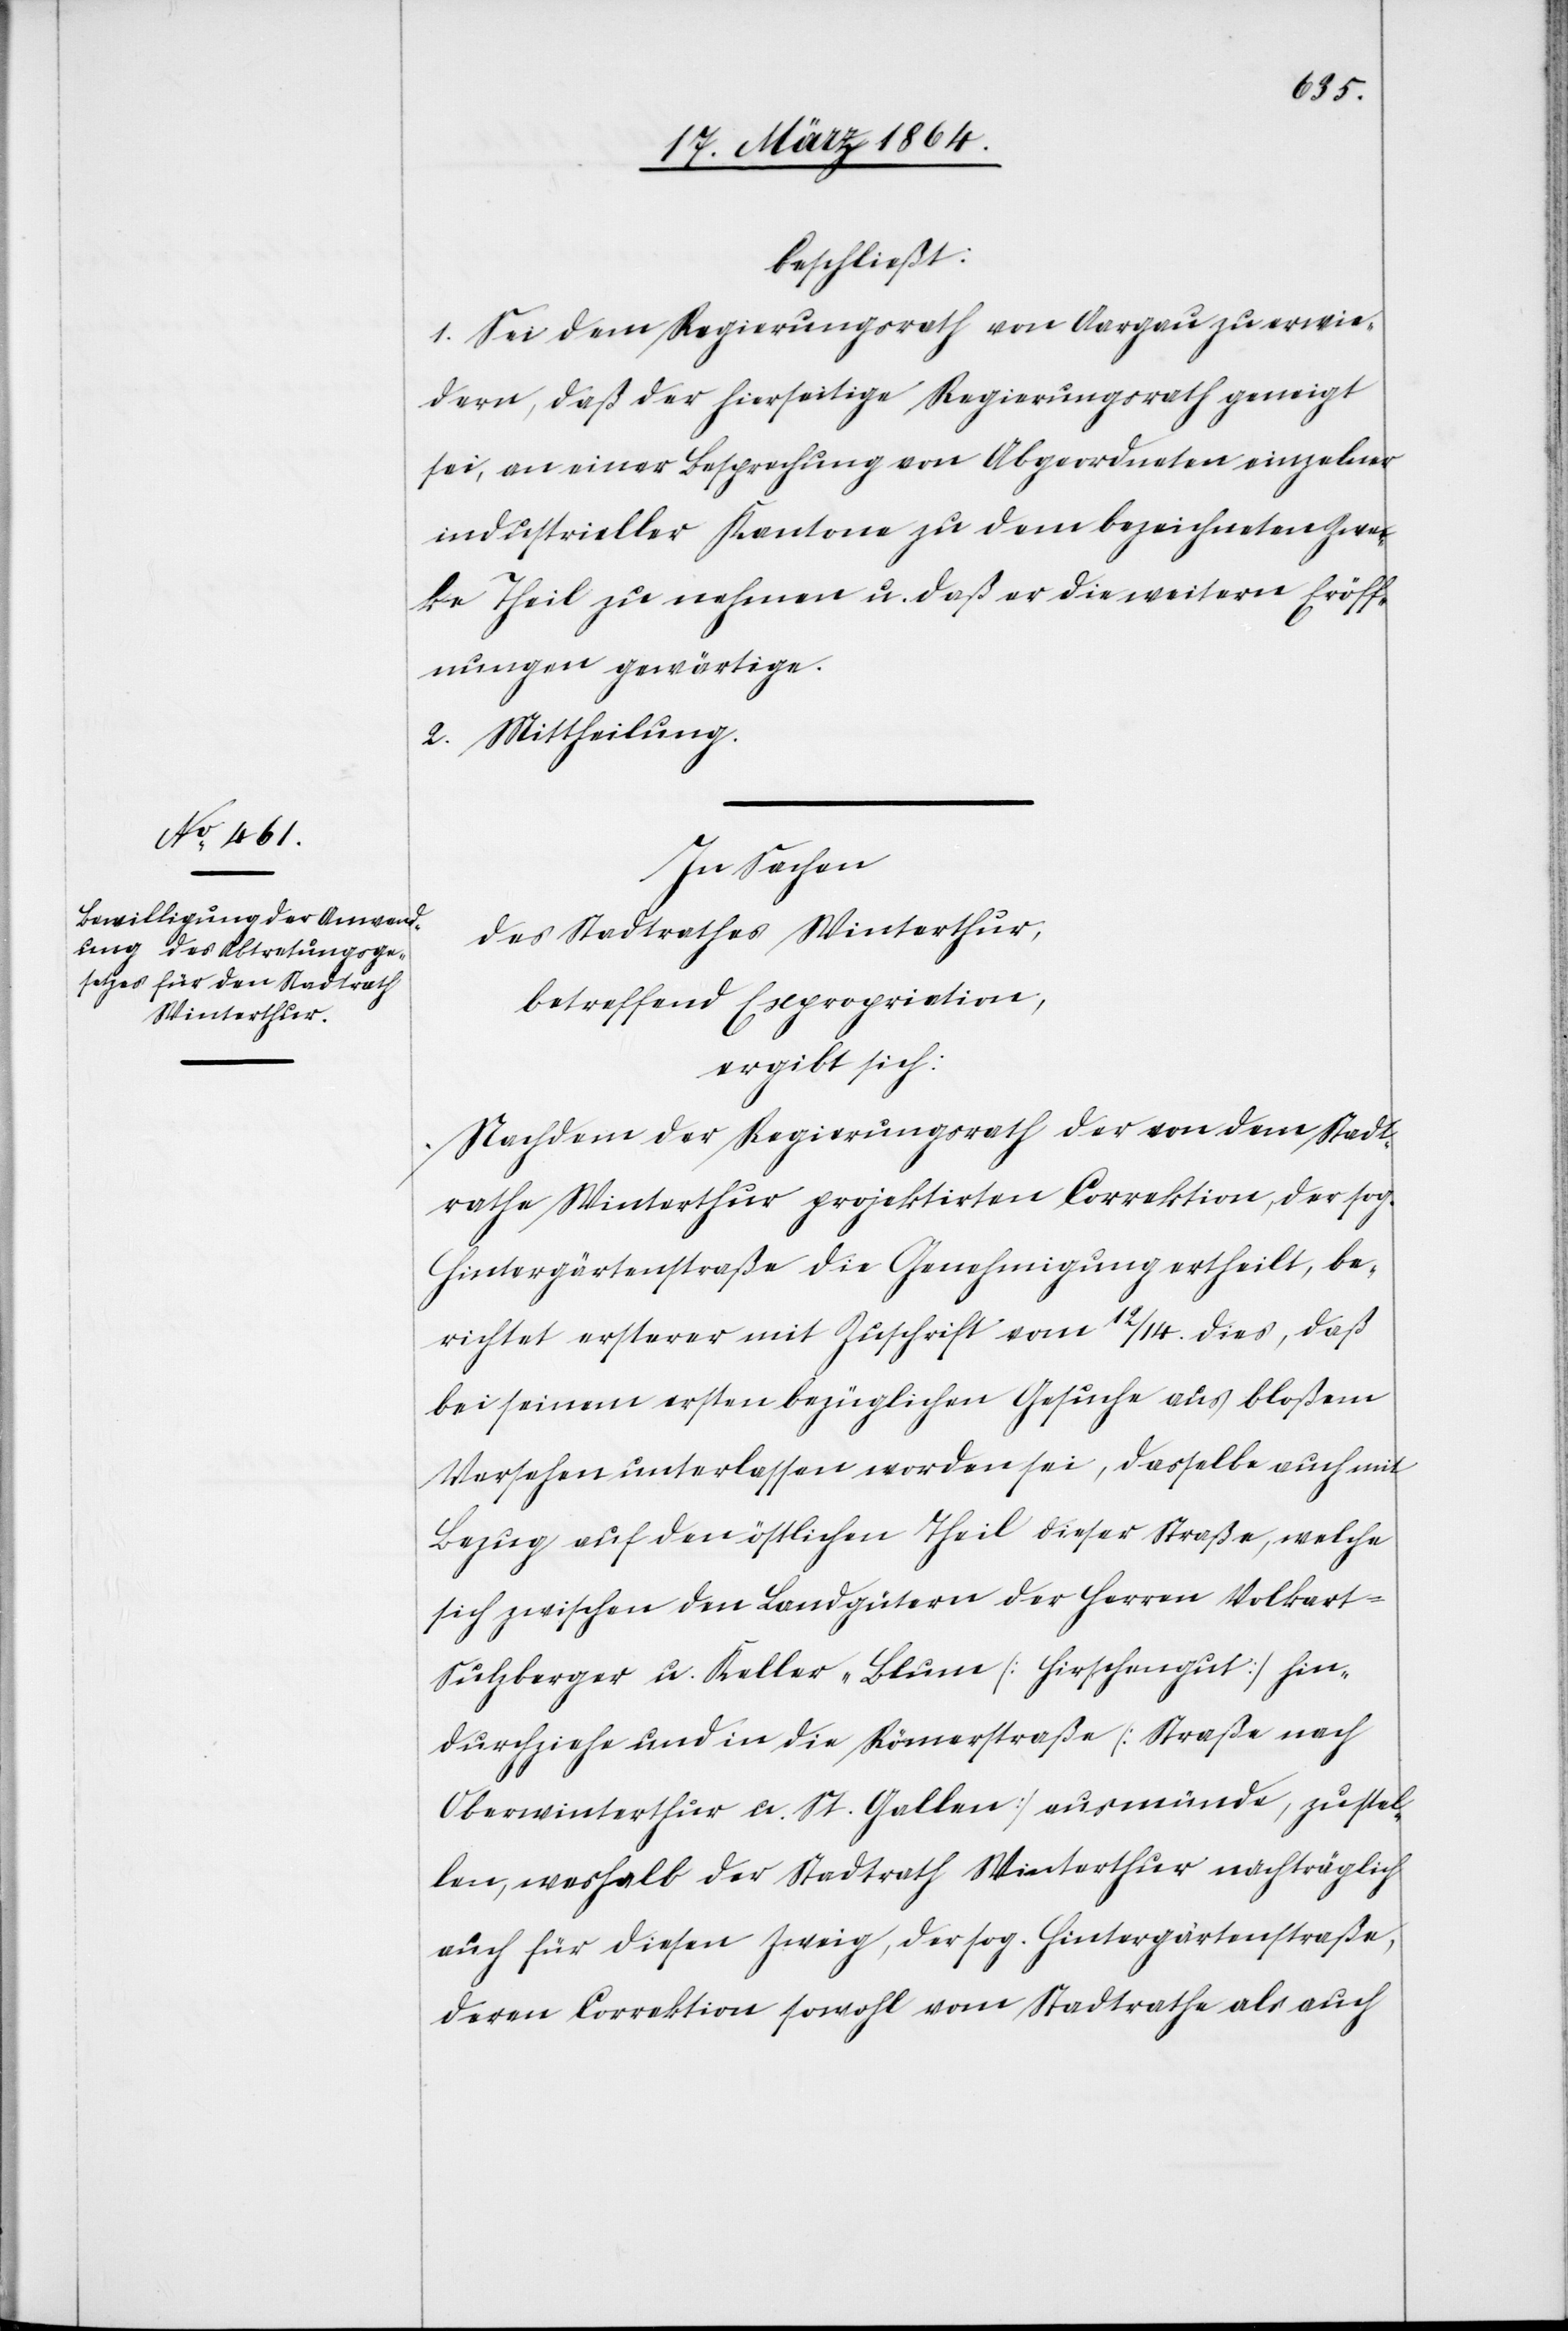
beschließt:
1. Sei dem Regierungsrath von Aargau zu erwie¬
dern, daß der hierseitige Regierungsrath geneigt
sei, an einer Besprechung von Abgeordneten einzelner
industrieller Kantone zu dem bezeichneten Zwec¬
ke Theil zu nehmen u. daß er die weitern Eröff¬
nungen gewärtige.
2. Mittheilung.
In Sachen
des Stadtrathes Winterthur,
betreffend Expropriation,
ergibt sich:
Nachdem der Regierungsrath der von dem Stadt¬
rathe Winterthur projektirten Correktion der sog.
Hintergärtenstraße die Genehmigung ertheilt, be¬
richtet ersterer mit Zuschrift vom 12./14. dies, daß
bei seinem ersten bezüglichen Gesuche aus bloßem
Versehen unterlassen worden sei, dasselbe auch mit
Bezug auf den östlichen Theil dieser Straße, welche
sich zwischen den Landgütern der Herren Volkart-S¬
ulzberger u. Keller-Blum [Hirschengut] hin¬
durchziehe und in die Römerstraße [Straße nach
Oberwinterthur u. St. Gallen] ausmünde, zu stel¬
len, weshalb der Stadtrath Winterthur nachträglich
auch für diesen Zweig, der sog. Hintergärtenstraße,
deren Correktion sowohl vom Stadtrathe als auch